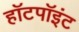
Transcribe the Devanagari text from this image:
हॉटपॉइंट